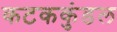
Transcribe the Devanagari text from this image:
कटककुंडल